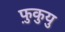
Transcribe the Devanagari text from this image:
फ़ुकुयु